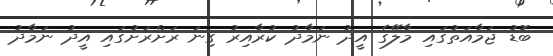
ބޮޑު ޖަމާއަތުގައި މާލޭގެ އީދު ނަމާދު ކުރާއިރު ގިނަ ރަށްރަށުގައި އީދު ނަމާދު